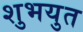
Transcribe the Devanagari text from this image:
शुभयुत